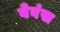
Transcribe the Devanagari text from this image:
बेवंस